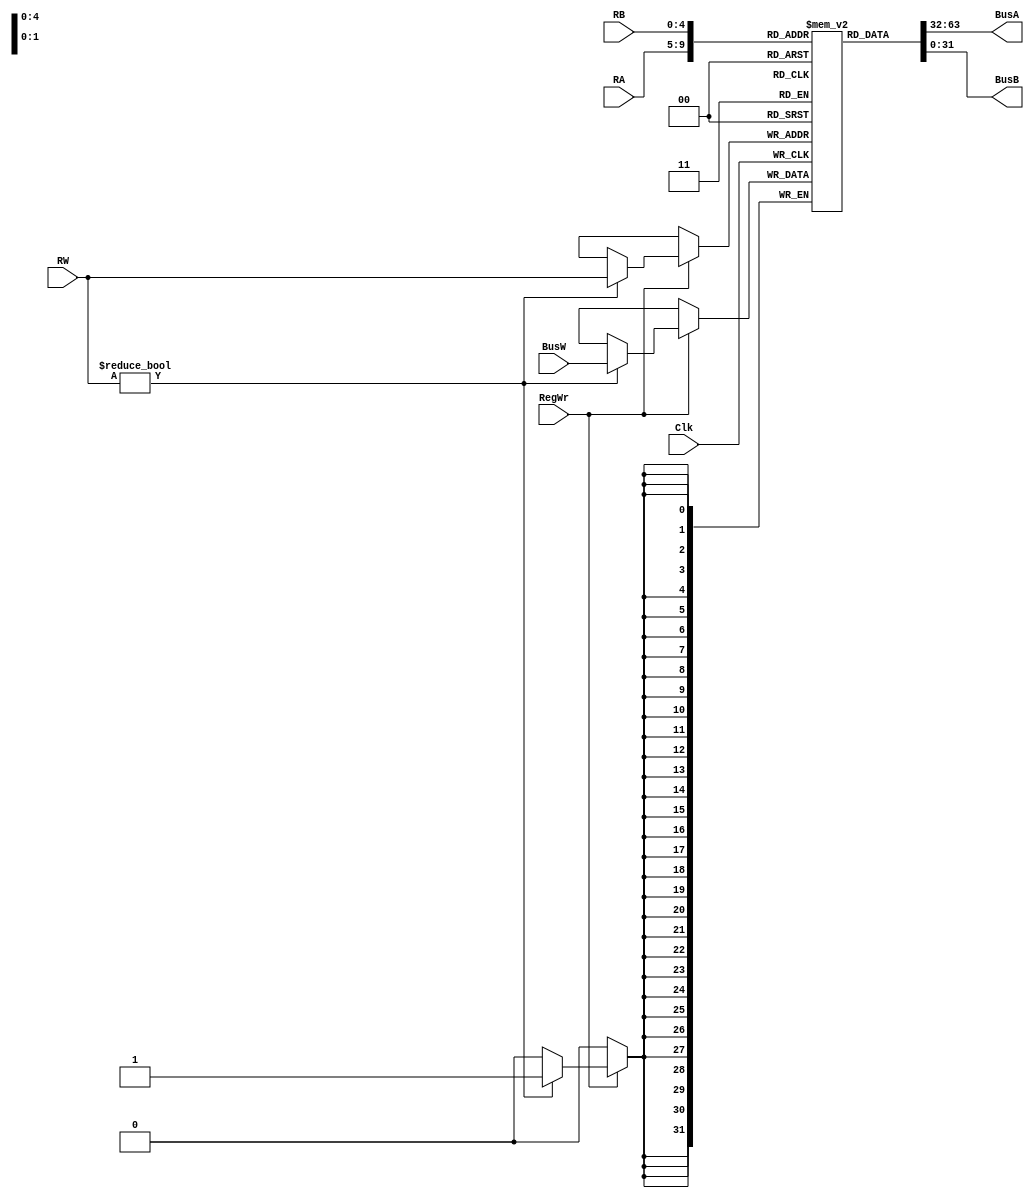
module RegisterFile(BusA, BusB, BusW, RA, RB, RW, RegWr, Clk); //module as per fig 1
output [31:0] BusA, BusB; //since it is a word addressable we are having a 32 bit bus
input [31:0] BusW; //32 bit write bus
input [4:0] RA, RB, RW; //pins to select the register
input RegWr; //pin to enable writing. If RegWr is zero then writing is disabled.
input Clk; //input clock
reg [31:0] registers [31:0]; //32 registers of 32 bit each.
initial begin
registers[0] = 0; //register 0 is always used to store 0 and it should not be modified by the code.
end
assign #2 BusA = registers[RA]; //asynchronous assignment to the read bus.
assign #2 BusB = registers[RB];
always @ (negedge Clk) //writing only at the negative edge of the clock.
begin
if(RegWr) //writing only if it is enabled.
if (RW != 5'd0) //if the register to be written is the 0th register then we should not allow writing.
registers[RW] <= #3 BusW; //if other than 0th register, copy the contents of write bus in register
end
endmodule